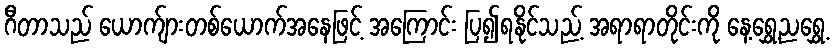
ဂီတာသည် ယောက်ျားတစ်ယောက်အနေဖြင့် အကြောင်း ပြ၍ရနိုင်သည့် အရာရာတိုင်းကို နေ့ရွှေ့ညရွှေ့